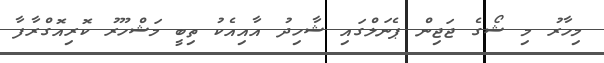
މިހާރު މި ޝޯގެ ޖަޖިން ޕެނަލްގައި ޝާހިދު އާއިއެކު ތިބީ މަޝްހޫރު ކޮރިއޮގްރާފާ